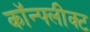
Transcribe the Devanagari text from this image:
कॉन्फ्लीक्ट